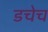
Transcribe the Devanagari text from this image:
डचेच